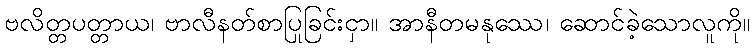
ဗလိတ္တပတ္တာယ၊ ဗာလီနတ်စာပြုခြင်းငှာ။ အာနီတမနုဿေ၊ ဆောင်ခဲ့သောလူကို။